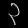
Digit: ၃